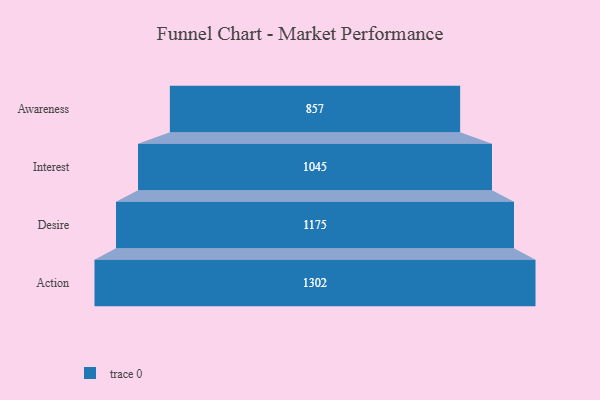
{"axis": {"x": "Stage", "y": "Value"}, "legend": [""], "data": [{"x": "Awareness", "y": 857.0, "type": ""}, {"x": "Interest", "y": 1045.0, "type": ""}, {"x": "Desire", "y": 1175.0, "type": ""}, {"x": "Action", "y": 1302.0, "type": ""}]}